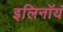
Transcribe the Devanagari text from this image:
इलिनॉयं